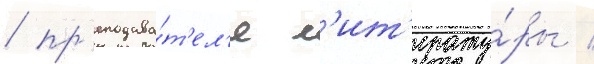
/ пр'еподава́т'ел'я л'ит'ерату́ры /